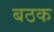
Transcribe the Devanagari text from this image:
बठक